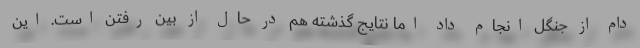
دام از جنگل انجام داد اما نتایج گذشته هم در حال از بین رفتن است. این